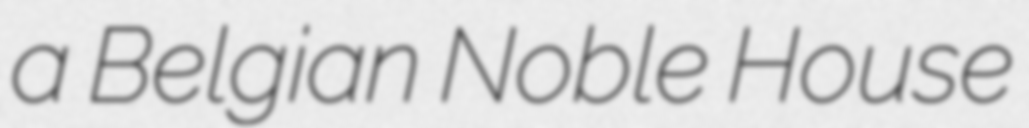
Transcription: a Belgian Noble House